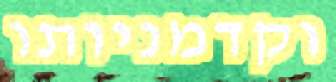
וקדמניותו